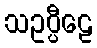
သဥပ္ပီဠေ